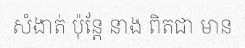
សំងាត់ ប៉ុន្តែ នាង ពិតជា មាន